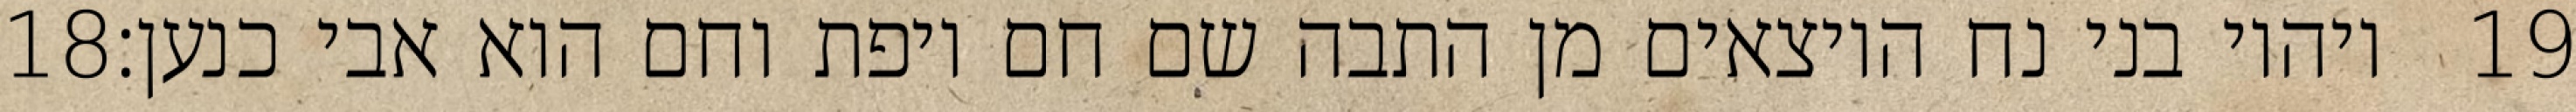
‎18‏ ויהיו בני נח היוצאים מן התבה שם חם ויפת וחם הוא אבי כנען׃ ‎19‏